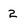
Character: 2